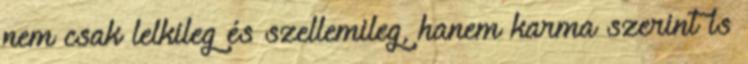
nem csak lelkileg és szellemileg, hanem karma szerint is